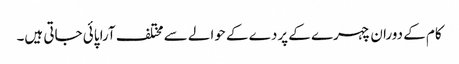
کام کے دوران چہرے کے پردے کے حوالے سے مختلف آرا پائی جاتی ہیں۔